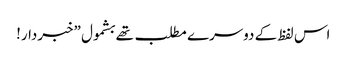
اس لفظ کے دوسرے مطلب تھے بشمول ”خبردار!